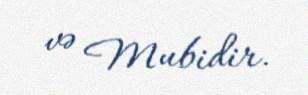
və Mubidir.